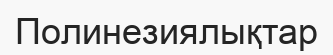
Полинезиялықтар